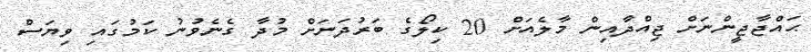
ޙައްޖާޖީންނަށް ޖިއްދާއިން މާލެއަށް 20 ކިލޯގެ ބަރުދަނަށް މުދާ ގެނެވުނު ކަމުގައި ވިޔަސް